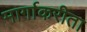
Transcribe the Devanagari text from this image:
मार्गाकरीता